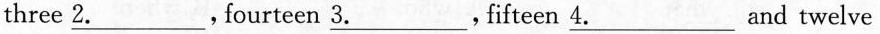
three \underline{2.},fourteen \underline{3.},fifteen\underline{4.}.And twelve